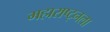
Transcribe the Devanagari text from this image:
महाराष्ट्नला